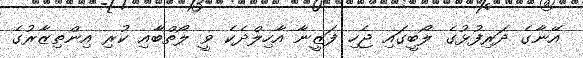
އޭނާގެ ދަރިފުޅުގެ ލޯބީގައި ޖެހި ފަޒީނާ އާހިލްދެކެ ވީ ލޯތްބާއި ކުރި އިންތިޒާރުގެ